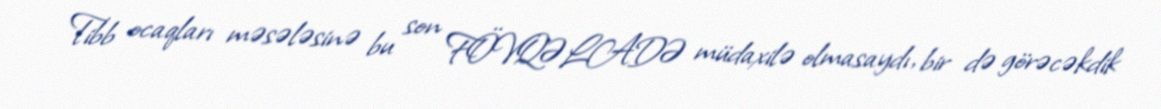
Tibb ocaqları məsələsinə bu son FÖVQƏLADƏ müdaxilə olmasaydı, bir də görəcəkdik